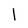
Character: 1